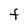
Character: f